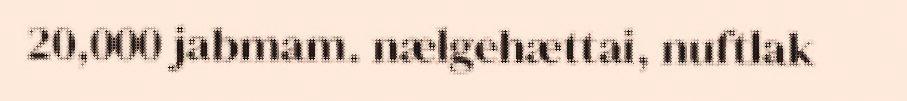
20,000 jabmam. nælgehættai, nuftlak